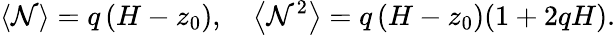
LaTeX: \langle\mathcal{N}\rangle=q\left(H-z_{0}\right),\quad\left\langle\mathcal{N}^{2}\right\rangle=q\left(H-z_{0}\right)(1+2qH).